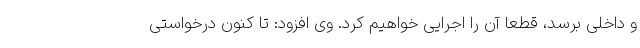
و داخلی برسد، قطعا آن را اجرایی خواهیم کرد. وی افزود: تا کنون درخواستی